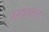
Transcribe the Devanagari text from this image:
बर्कतुल्ला